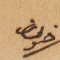
ضون